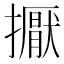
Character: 擫